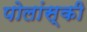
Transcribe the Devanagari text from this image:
पोलांस्की